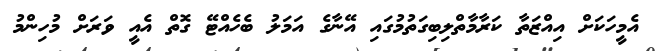
އެމީހަކަށް އިއްޒަތާ ކަރާމާތްލިބިގަތުމުގައި އޭނާގެ އަމަލު ބެހެއްޓޭ ގޮތް އެއީ ވަރަށް މުހިންމު